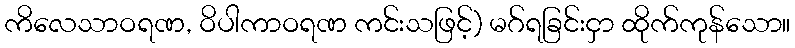
ကိလေသာဝရဏ, ဝိပါကာဝရဏ ကင်းသဖြင့်) မဂ်ရခြင်းငှာ ထိုက်ကုန်သော။